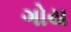
ગોય